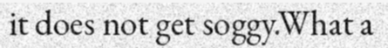
it does not get soggy.What a